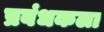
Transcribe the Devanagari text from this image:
प्रबंधकला